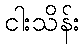
ငါးသိန်း